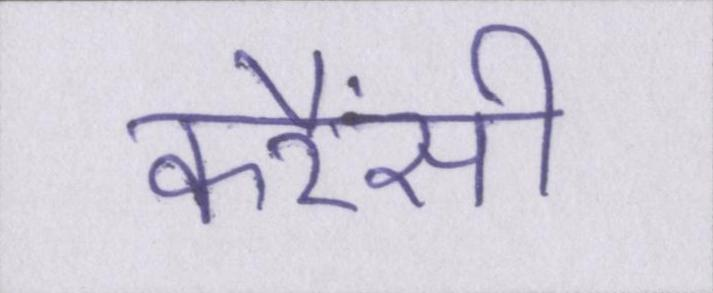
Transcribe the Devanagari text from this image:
करैंसी